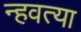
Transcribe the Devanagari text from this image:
न्हवत्या